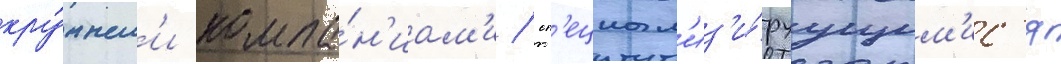
кру́пным'и компа́н'иам'и / сп'ециал'из'и́руущим'ис'я